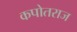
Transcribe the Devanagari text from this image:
कपोतराज